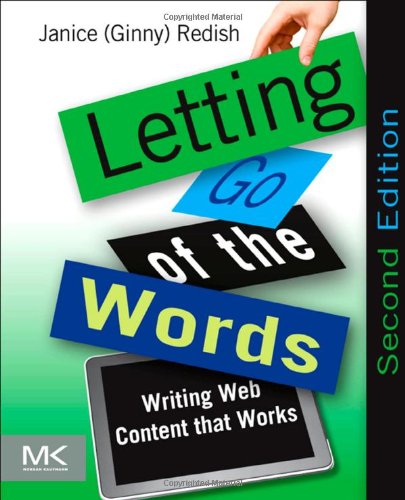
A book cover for Letting Go of the Words, Second Edition: Writing Web Content that Works (Interactive Technologies); Janice (Ginny) Redish; Computers & Technology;